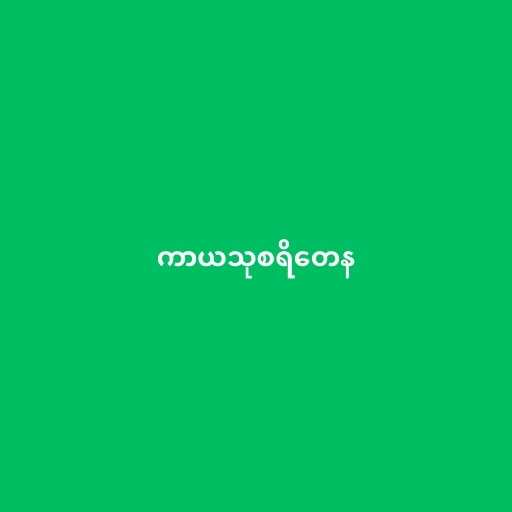
ကာယသုစရိတေန